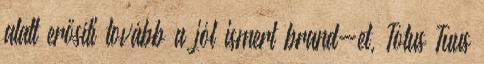
alatt erősíti tovább a jól ismert brand-et, Totus Tuus